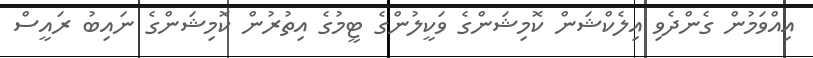
އިއްވަމުން ގެންދެވި އިލެކްޝަން ކޮމިޝަންގެ ވަކީލުންގެ ޓީމުގެ އިތުރުން ކޮމިޝަންގެ ނައިބު ރައީސް